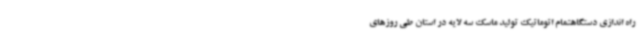
راه اندازی دستگاهتمام اتوماتیک تولید ماسک سه لایه در استان طی روزهای